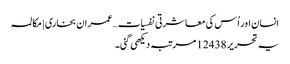
انسان اور اُس کی معاشرتی نفسیات…عمران بخاری | مکالمہ
یہ تحریر 12438 مرتبہ دیکھی گئی۔